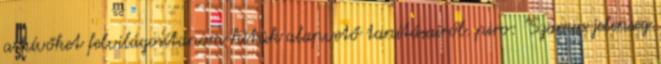
a hívőket felvilágosítanom hitük alapvető tanításairól. piro: "Szamos jelenseg